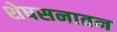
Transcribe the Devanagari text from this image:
शेषसनातन